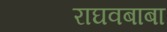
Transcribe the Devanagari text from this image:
राघवबाबा